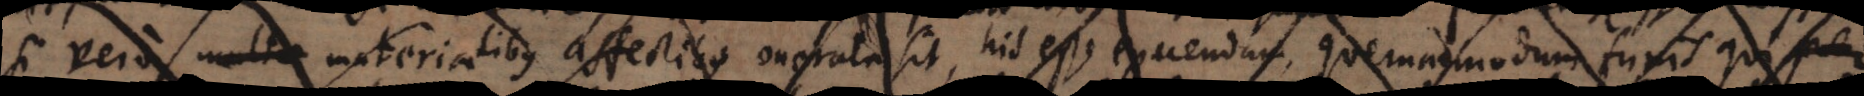
si vero materialibus affectibus onerata sit, his esse exuendam, quemadmodum funis qui